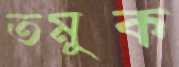
তমুক